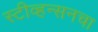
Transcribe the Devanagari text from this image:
स्टीव्हन्सनचा